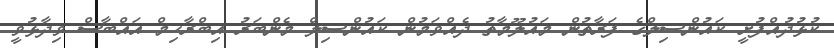
ކުޅުދުއްފުށީ ކައުންސިލްގެ ފަރާތުން މައުލޫމާތު ދެއްވަމުން ކައުންސިލް މެންބަރު އިބްރާހިމް އައްބާސް ވިދާޅުވީ